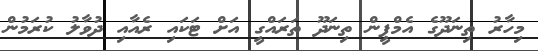
މިހާރު ތިނަދޫގެ އެމްޕީން ތިނަދޫ ތަރައްގީ އަށް ޓަކައި ރެއާއި ދުވާލު ކުރަމުން